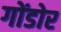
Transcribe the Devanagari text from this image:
गोंडोर